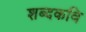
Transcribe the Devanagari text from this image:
शब्दकवि